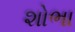
શોભા